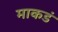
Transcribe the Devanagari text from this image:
माकडं